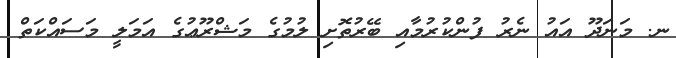
ނ. މަނަދޫ އައު ނެރު ފުންކުރުމާއި ބޭރުތޮށި ލުމުގެ މަޝްރޫޢުގެ އަމަލީ މަސައްކަތް